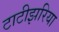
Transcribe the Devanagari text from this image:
टाटीझरिया